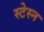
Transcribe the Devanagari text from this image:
स्टेस्न